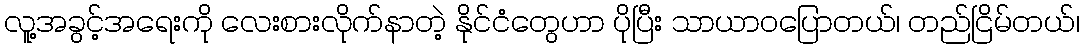
လူ့အခွင့်အရေးကို လေးစားလိုက်နာတဲ့ နိုင်ငံတွေဟာ ပိုပြီး သာယာဝပြောတယ်၊ တည်ငြိမ်တယ်၊